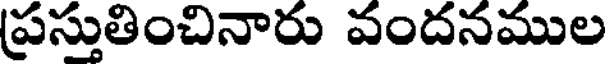
ప్రస్తుతించినారు వందనముల